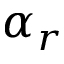
\alpha _ { r }